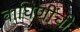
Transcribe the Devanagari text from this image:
वाघिणींची